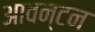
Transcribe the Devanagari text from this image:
आवन्टन